Civil Veterinary Department. Madras. Admin. report 1926-33 - 1926-1933
Year: 1926
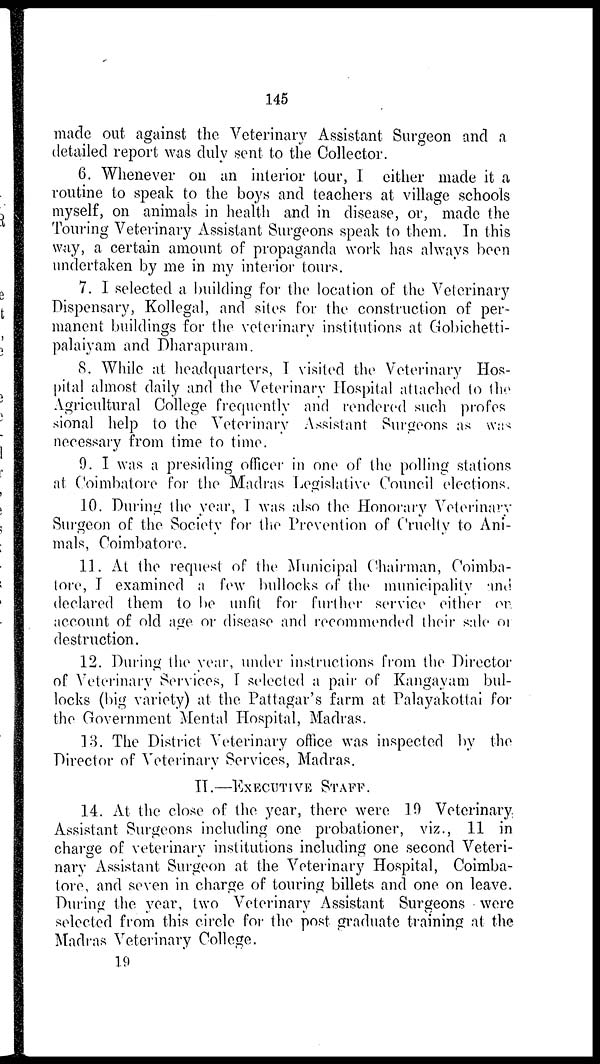
145
made out against the Veterinary Assistant Surgeon and a
detailed report was duly sent to the Collector.
6. Whenever on an interior tour, I either made it a
routine to speak to the boys and teachers at village schools
myself, on animals in health and in disease, or, made the
Touring Veterinary Assistant Surgeons speak to them. In this
way, a certain amount of propaganda work has always been
undertaken by me in my interior tours.
7. I selected a building for the location of the Veterinary
Dispensary, Kollegal, and sites for the construction of per-
manent buildings for the veterinary institutions at Gobichetti-
palaiyam and Dharapuram.
8. While at headquarters, I visited the Veterinary Hos-
pital almost daily and the Veterinary Hospital attached to the
Agricultural College frequently and rendered such profes
sional help to the Veterinary Assistant Surgeons as was
necessary from time to time.
9. I was a presiding officer in one of the polling stations
at Coimbatore for the Madras Legislative Council elections.
10. During the year, I was also the Honorary Veterinary
Surgeon of the Society for the Prevention of Cruelty to Ani-
mals, Coimbatore.
11. At the request of the Municipal Chairman, Coimba-
tore, I examined a few bullocks of the municipality and
declared them to be unfit for further service either or.
account of old age or disease and recommended their sale or
destruction.
12. During the year, under instructions from the Director
of Veterinary Services, I selected a pair of Kangayam bul-
locks (big variety) at the Pattagar's farm at Palayakottai for
the Government Mental Hospital, Madras.
13. The District Veterinary office was inspected by the
Director of Veterinary Services, Madras.
II.—EXECUTIVE STAFF.
14. At the close of the year, there were 19 Veterinary
Assistant Surgeons including one probationer, viz., 11 in
charge of veterinary institutions including one second Veteri-
nary Assistant Surgeon at the Veterinary Hospital, Coimba-
tore, and seven in charge of touring billets and one on leave.
During the year, two Veterinary Assistant Surgeons were
selected from this circle for the post graduate training at the
Madras Veterinary College.
19